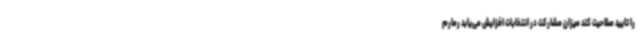
را تایید صلاحیت کند میزان مشارکت در انتخابات افزایش می‌یابد رمارم